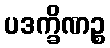
ပဒက္ခိဏဉ္စ